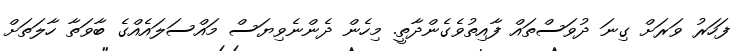
ފަހަރު ވަރަށް ގިނަ ދުވަސްތައް ފާއިތުވެގެންދާތީ. މިހެން ދެންނެވިޔަސް މައްސަލައެއްގެ ބާވަތާ ހާލަތަށް